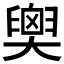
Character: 𦦉